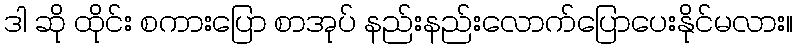
ဒါ ဆို ထိုင်း စကားပြော စာအုပ် နည်းနည်းလောက်ပြောပေးနိုင်မလား။